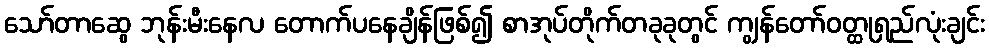
သော်တာဆွေ ဘုန်းမီးနေလ တောက်ပနေချိန်ဖြစ်၍ စာအုပ်တိုက်တခုခုတွင် ကျွန်တော်ဝတ္ထုရှည်လုံးချင်း